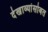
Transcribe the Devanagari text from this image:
देखाव्यांसोबत